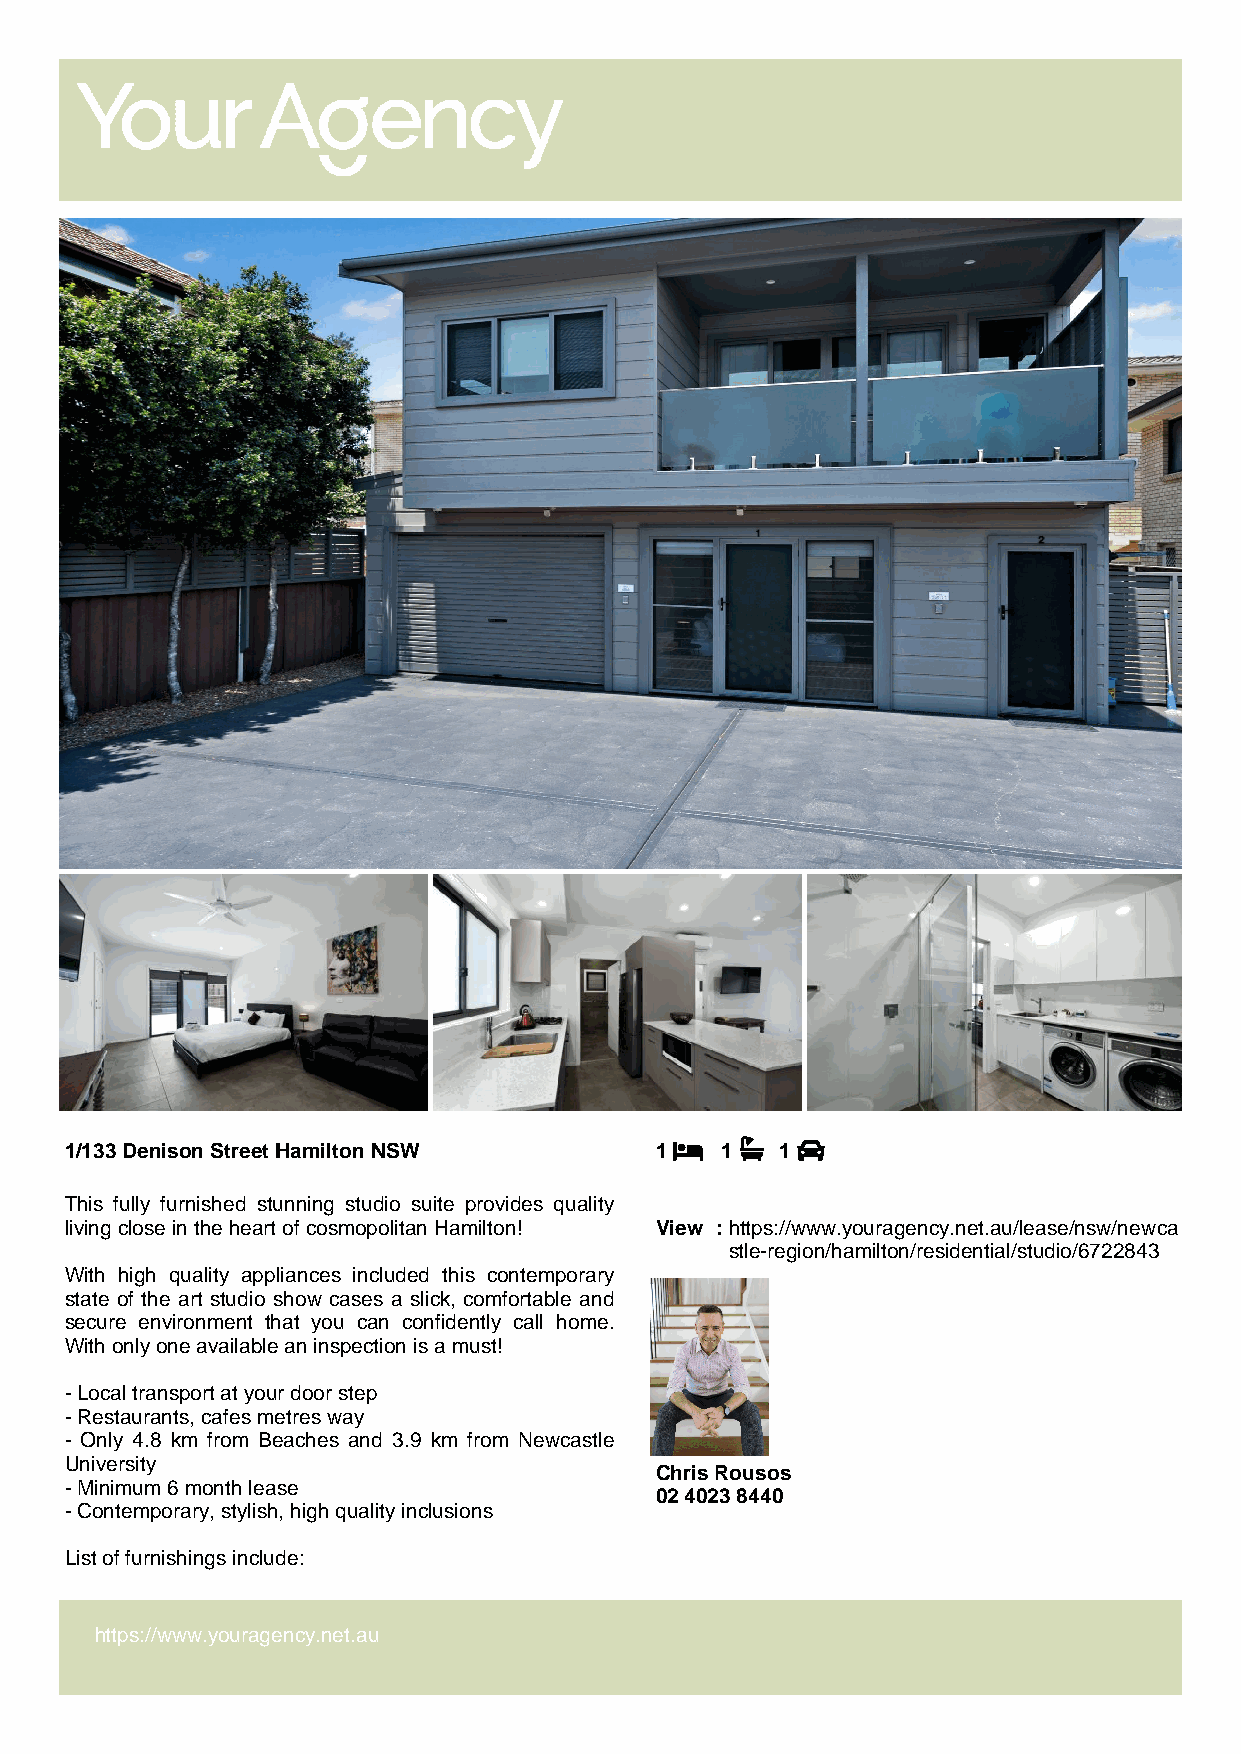
1/133 Denison Street Hamilton NSW      1    1   1
 This fully furnished stunning studio suite provides quality
 living close in the heart of cosmopolitan Hamilton! View : https://www.youragency.net.au/lease/nsw/newca
 stle-region/hamilton/residential/studio/6722843
 With high quality appliances included this contemporary
 state of the art studio show cases a slick, comfortable and
 secure environment that you can confidently call home.
 With only one available an inspection is a must!
 - Local transport at your door step
 - Restaurants, cafes metres way
 - Only 4.8 km from Beaches and 3.9 km from Newcastle
 University
 Chris Rousos
 - Minimum 6 month lease
 02 4023 8440
 - Contemporary, stylish, high quality inclusions
 List of furnishings include:
 https://www.youragency.net.au